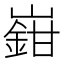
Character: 𡽎